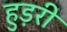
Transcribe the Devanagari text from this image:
हुड़री